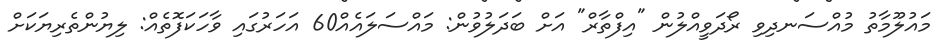
މައުލޫމާތު މުއްސަނދިވި ރޯދަވީއްލުން "އިފްތާރް" އަށް ބަދަލުވުން: މައްސަލައެއް60 އަހަރުގައި ވާހަކަފޮތެއް: ލިޔުންތެރިޔަކަށް